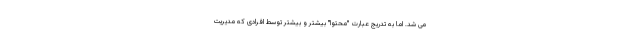
می شد. اما به تدریج عبارت "محتوا" بیشتر و بیشتر توسط افرادی که مدیریت